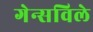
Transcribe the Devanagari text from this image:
गेन्सविले